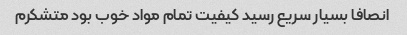
انصافا بسیار سریع رسید کیفیت تمام مواد خوب بود متشکرم